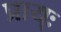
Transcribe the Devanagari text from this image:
प्राय्ः